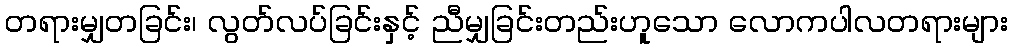
တရားမျှတခြင်း၊ လွတ်လပ်ခြင်းနှင့် ညီမျှခြင်းတည်းဟူသော လောကပါလတရားများ